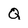
Character: Q